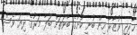
ޚާރިޖީ ވުޒާރާ އިން ބުނީ ކުށުގެ ބާވަތަށް ބަލާ މަރުގެ ދިޔަ ވެސް